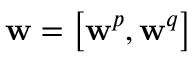
\mathbf { w } = \left[ \mathbf { w } ^ { p } , \mathbf { w } ^ { q } \right]